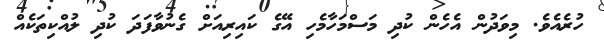
ހުރެއެވެ. މިވަދުން އެހެން ކުދި މަސްމަހާމެހި އޭގެ ކައިރިއަށް ގެނުވާފަދަ ކުދި ލުއްކިތަކެއް